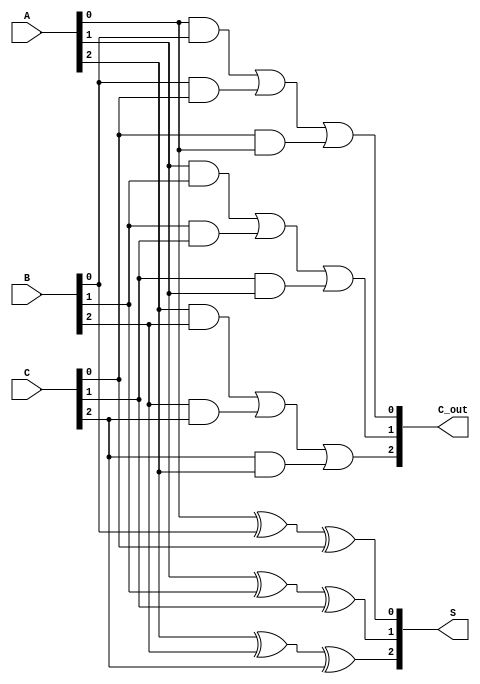
module CarrySaveAdder (
    input  [2:0] A,   // 3-bit input A
    input  [2:0] B,   // 3-bit input B
    input  [2:0] C,   // 3-bit input C
    output [2:0] S,   // 3-bit sum output
    output [2:0] C_out // 3-bit carry output
);

// Intermediate wires for sum and carry calculations
wire [2:0] sum;
wire [2:0] carry;

// Bit 0 calculations
assign sum[0] = A[0] ^ B[0] ^ C[0]; // S0
assign carry[0] = (A[0] & B[0]) | (B[0] & C[0]) | (C[0] & A[0]); // C0

// Bit 1 calculations
assign sum[1] = A[1] ^ B[1] ^ C[1]; // S1
assign carry[1] = (A[1] & B[1]) | (B[1] & C[1]) | (C[1] & A[1]); // C1

// Bit 2 calculations
assign sum[2] = A[2] ^ B[2] ^ C[2]; // S2
assign carry[2] = (A[2] & B[2]) | (B[2] & C[2]) | (C[2] & A[2]); // C2

// Assign outputs
assign S = sum;      // Final sum output
assign C_out = carry; // Final carry output

endmodule